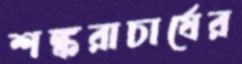
শঙ্করাচার্যের